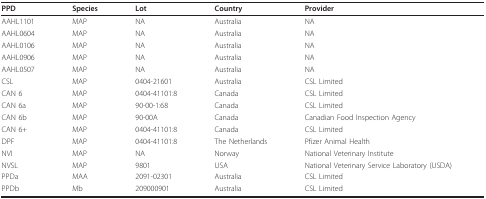
| PPD | Species | Lot | Country | Provider |
 | --- | --- | --- | --- | --- |
 | AAHL1101 | MAP | NA | Australia | NA |
 | AAHL0604 | MAP | NA | Australia | NA |
 | AAHL0106 | MAP | NA | Australia | NA |
 | AAHL0906 | MAP | NA | Australia | NA |
 | AAHL0507 | MAP | NA | Australia | NA |
 | CSL | MAP | 0404-21601 | Australia | CSL Limited |
 | CAN 6 | MAP | 0404-41101:8 | Canada | CSL Limited |
 | CAN 6a | MAP | 90-00-1:68 | Canada | CSL Limited |
 | CAN 6b | MAP | 90-00A | Canada | Canadian Food Inspection Agency |
 | CAN 6+ | MAP | 0404-41101:8 | Canada | CSL Limited |
 | DPF | MAP | 0404-41101:8 | The Netherlands | Pfizer Animal Health |
 | NVI | MAP | NA | Norway | National Veterinary Institute |
 | NVSL | MAP | 9801 | USA | National Veterinary Service Laboratory (USDA) |
 | PPDa | MAA | 2091-02301 | Australia | CSL Limited |
 | PPDb | Mb | 209000901 | Australia | CSL Limited |